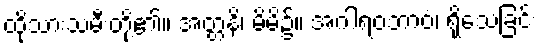
ထိုသားသမီးတို့၏။ အတ္တနိ၊ မိမိ၌။ အဂါရဝဘာဝံ၊ ရိုသေခြင်း